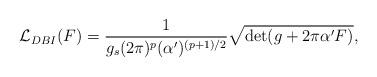
LaTeX: \begin{align*}{\cal L}_{DBI} (F) =\frac{1}{g_s (2 \pi)^p (\alpha')^{(p+1)/2}}\sqrt{\det (g + 2 \pi \alpha' F)},\end{align*}